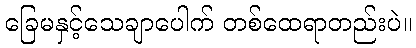
ခြေမနှင့်သေချာပေါက် တစ်ထေရာတည်းပဲ။